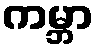
ကမ္ဘာ